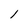
Character: 1